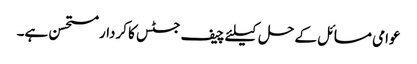
عوامی مسائل کے حل کیلئے چیف جسٹس کا کردار مستحسن ہے۔